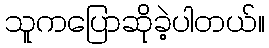
သူကပြောဆိုခဲ့ပါတယ်။